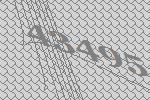
43495